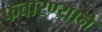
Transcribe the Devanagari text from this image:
फवारण्याने